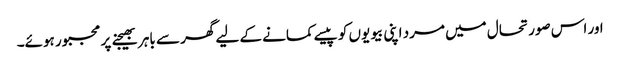
اور اس صورتحال میں مرد اپنی بیویوں کو پیسے کمانے کے لیے گھر سے باہر بھیجنے پر مجبور ہوئے۔